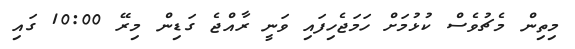
މިތިން މެޗުވެސް ކުޅުމަށް ހަމަޖެހިފައި ވަނީ ރާއްޖެ ގަޑިން މިރޭ 10:00 ގައި